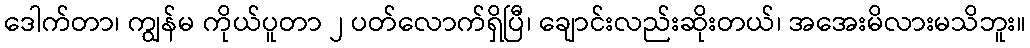
ဒေါက်တာ၊ ကျွန်မ ကိုယ်ပူတာ ၂ ပတ်လောက်ရှိပြီ၊ ချောင်းလည်းဆိုးတယ်၊ အအေးမိလားမသိဘူး။